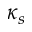
\kappa _ { s }